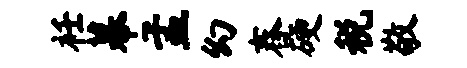
衽幕孟幻舂硬税敬